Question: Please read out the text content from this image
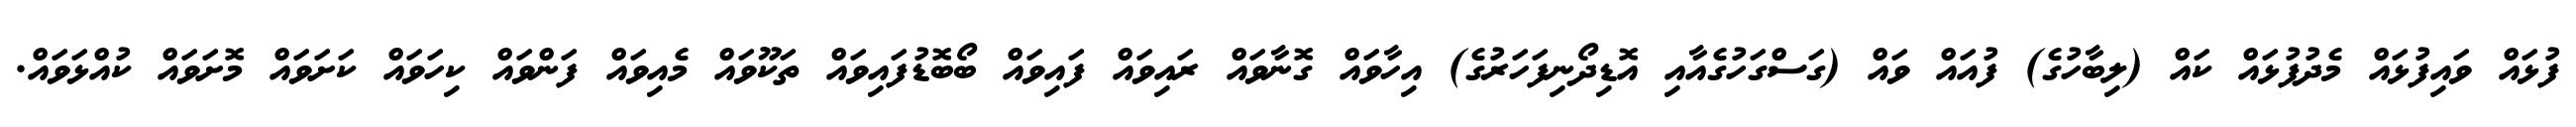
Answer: ފުޅައް ވައިފުޅައް މެދުފުޅައް ކައް (ލިބާހުގެ) ފުއައް ވައް (ގަސްގަހުގެއާއި އޮޑިދޯނިފަހަރުގެ) އިހާވައް ގޮނާވައް ރައިވައް ފައިވައް ބޯބޮޑުފައިވައް ތަކޫވައް މެއިވައް ފަންވައް ކިހަވައް ކަށަވައް މޮށަވައް ކުއްޅަވައް.